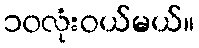
၁၀လုံးဝယ်မယ်။